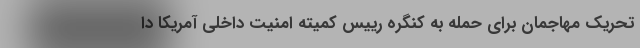
تحریک مهاجمان برای حمله به کنگره رییس کمیته امنیت داخلی آمریکا دا